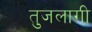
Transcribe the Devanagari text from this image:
तुजलागी